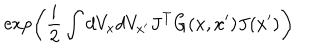
\exp \left( \frac { i } { 2 } \int d V _ { x } d V _ { x ^ { \prime } } J ^ { T } G ( x , x ^ { \prime } ) J ( x ^ { \prime } ) \right)